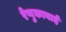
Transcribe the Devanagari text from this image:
रेणुकाबाई